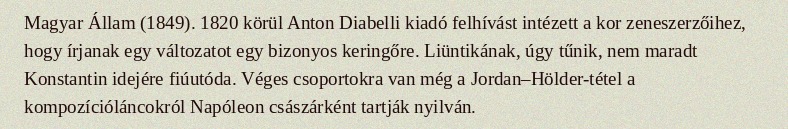
Magyar Állam (1849). 1820 körül Anton Diabelli kiadó felhívást intézett a kor zeneszerzőihez, hogy írjanak egy változatot egy bizonyos keringőre. Liüntikának, úgy tűnik, nem maradt Konstantin idejére fiúutóda. Véges csoportokra van még a Jordan–Hölder-tétel a kompozícióláncokról Napóleon császárként tartják nyilván.